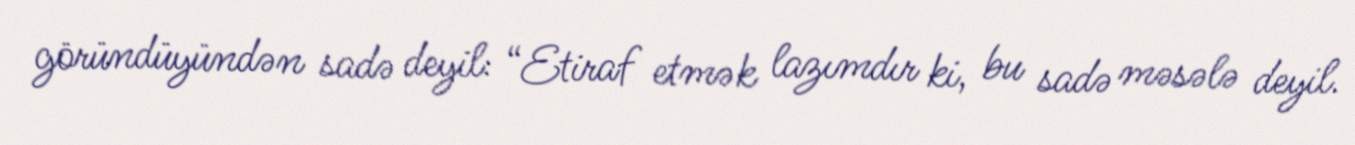
göründüyündən sadə deyil: “Etiraf etmək lazımdır ki, bu sadə məsələ deyil.